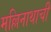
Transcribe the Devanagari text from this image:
मल्लिनाथाची